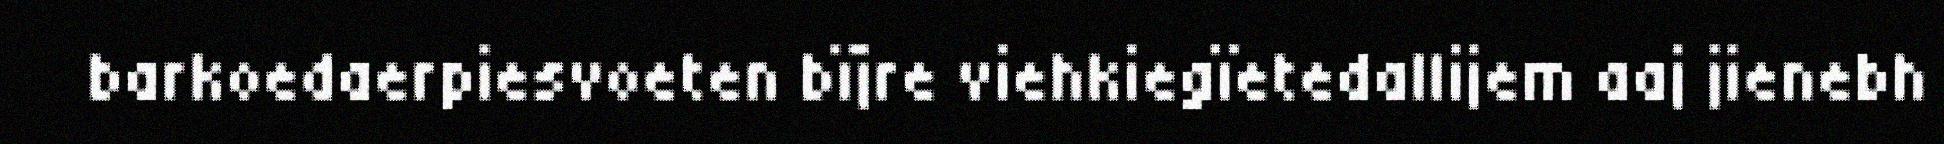
barkoedaerpiesvoeten bïjre viehkiegïetedallijem aaj jienebh